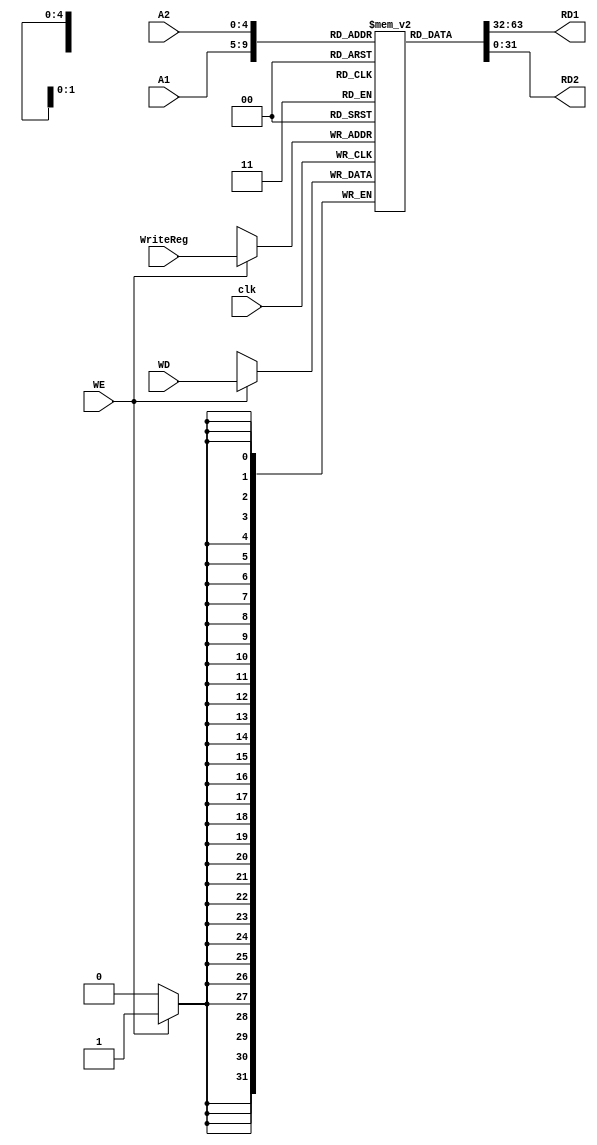
module regfile(
	input clk,
	input [4:0] A1,
	input [4:0] A2,
	input [4:0] WriteReg,
	input [31:0] WD,
	input WE,
	output reg [31:0] RD1,
	output reg [31:0] RD2
    );

reg [31:0] file[31:0];

assign RD1 = file[A1[4:0]];
assign RD2 = file[A2[4:0]];

always @(posedge clk)
begin
    if(WE)
        file[WriteReg[4:0]] <= WD;
end

endmodule